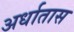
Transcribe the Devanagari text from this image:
अर्धातास